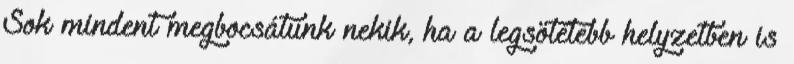
Sok mindent megbocsátunk nekik, ha a legsötétebb helyzetben is